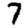
Digit: 7